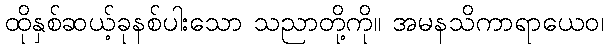
ထိုနှစ်ဆယ့်ခုနစ်ပါးသော သညာတို့ကို။ အမနသိကာရာယေဝ၊